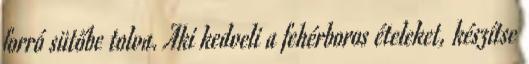
forró sütőbe tolva. Aki kedveli a fehérboros ételeket, készítse